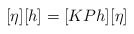
\begin{align*}[\eta][h] = [KPh][\eta]\end{align*}